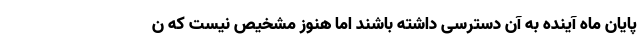
پایان ماه آینده به آن دسترسی داشته باشند اما هنوز مشخیص نیست که ن